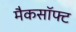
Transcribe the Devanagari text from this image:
मैकसॉफ्ट